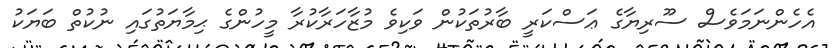
އެހެންނަމަވެސް ސޫރިޔާގެ ޢަސްކަރީ ބާރުތަކުން ވަކިވެ މުޒާހަރާކުރާ މީހުންގެ ޙިމާޔަތުގައި ނުކުތް ބަޔަކު